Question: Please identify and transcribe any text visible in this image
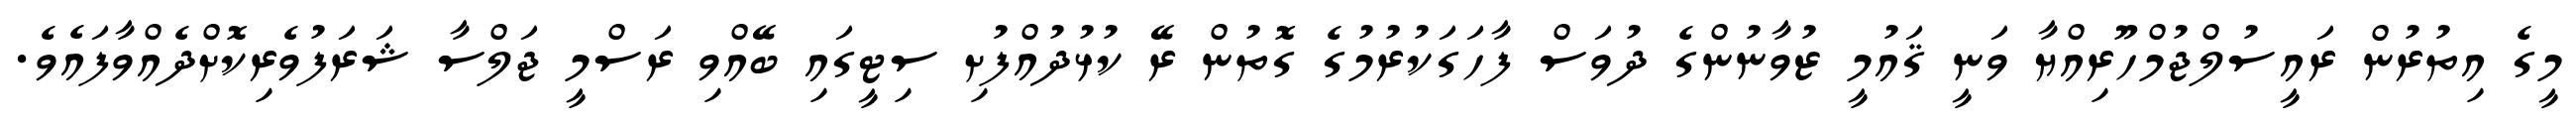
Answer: މީގެ އިތުރުން ރައީސުލްޖުމްހޫރިއްޔާ ވަނީ ޤައުމީ ޒުވާނުންގެ ދުވަސް ފާހަގަކުރުމުގެ ގޮތުން ރޭ ކުޅުދުއްފުށި ސިޓީގައި ބޭއްވި ރަސްމީ ޖަލްސާ ޝަރަފުވެރިކޮށްދެއްވާފައެވެ.